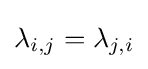
\lambda _{i,j}=\lambda _{j,i}